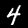
Label: 4